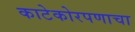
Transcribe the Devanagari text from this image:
काटेकोरपणाचा